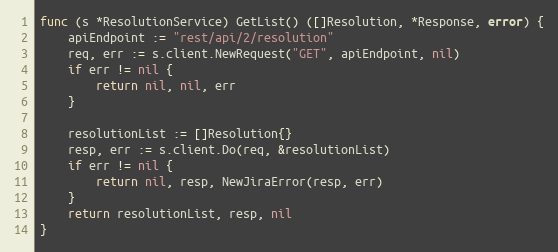
Language: Go
func (s *ResolutionService) GetList() ([]Resolution, *Response, error) {
	apiEndpoint := "rest/api/2/resolution"
	req, err := s.client.NewRequest("GET", apiEndpoint, nil)
	if err != nil {
		return nil, nil, err
	}

	resolutionList := []Resolution{}
	resp, err := s.client.Do(req, &resolutionList)
	if err != nil {
		return nil, resp, NewJiraError(resp, err)
	}
	return resolutionList, resp, nil
}